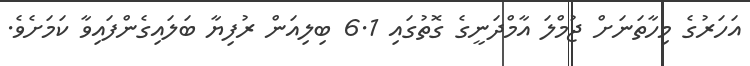
އަހަރުގެ މިހާތަނަށް ޖުމްލަ އާމްދަނީގެ ގޮތުގައި 6.1 ބިލިއަން ރުފިޔާ ބަލައިގެންފައިވާ ކަމަށެވެ.